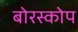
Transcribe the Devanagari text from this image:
बोरस्कोप